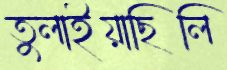
তুলাইয়াছিলি